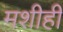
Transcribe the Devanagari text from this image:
मशीही